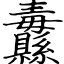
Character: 纛